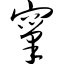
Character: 窠